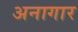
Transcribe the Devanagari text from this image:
अनागार